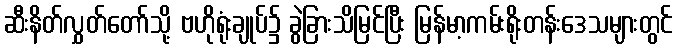
ဆီးနိတ်လွှတ်တော်သို့ ဗဟိုရုံးချုပ်၌ ခွဲခြားသိမြင်ပြီး မြန်မာ့ကမ်းရိုးတန်းဒေသများတွင်